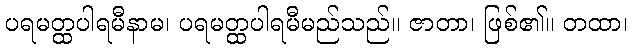
ပရမတ္ထပါရမီနာမ၊ ပရမတ္ထပါရမီမည်သည်။ ဇာတာ၊ ဖြစ်၏။ တထာ၊